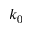
k _ { 0 }